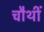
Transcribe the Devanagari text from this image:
चौथीं